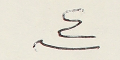
٤